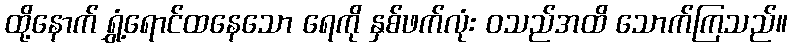
ထို့နောက် ရွှံ့ရောင်ထနေသော ရေကို နှစ်ဖက်လုံး ဝသည်အထိ သောက်ကြသည်။